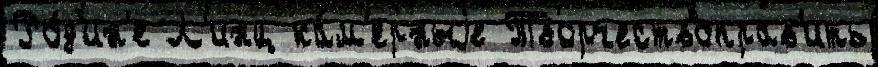
Ро́д'ин'е Л'инц ка́м'ерныjе Творчествоправ'ить